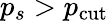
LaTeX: p_{s}>p_{\mathrm{cut}}